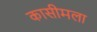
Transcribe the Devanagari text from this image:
कासीमला